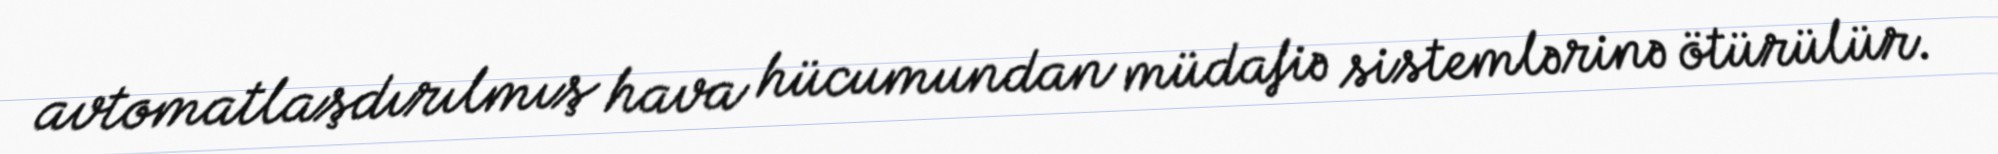
avtomatlaşdırılmış hava hücumundan müdafiə sistemlərinə ötürülür.